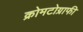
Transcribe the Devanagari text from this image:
क्रोमटोग्राफी